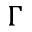
\Gamma